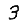
Digit: 3